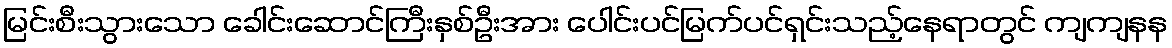
မြင်းစီးသွားသော ခေါင်းဆောင်ကြီးနှစ်ဦးအား ပေါင်းပင်မြက်ပင်ရှင်းသည့်နေရာတွင် ကျကျနန